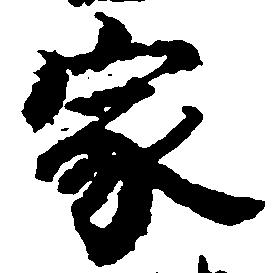
家